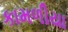
કામળીયા